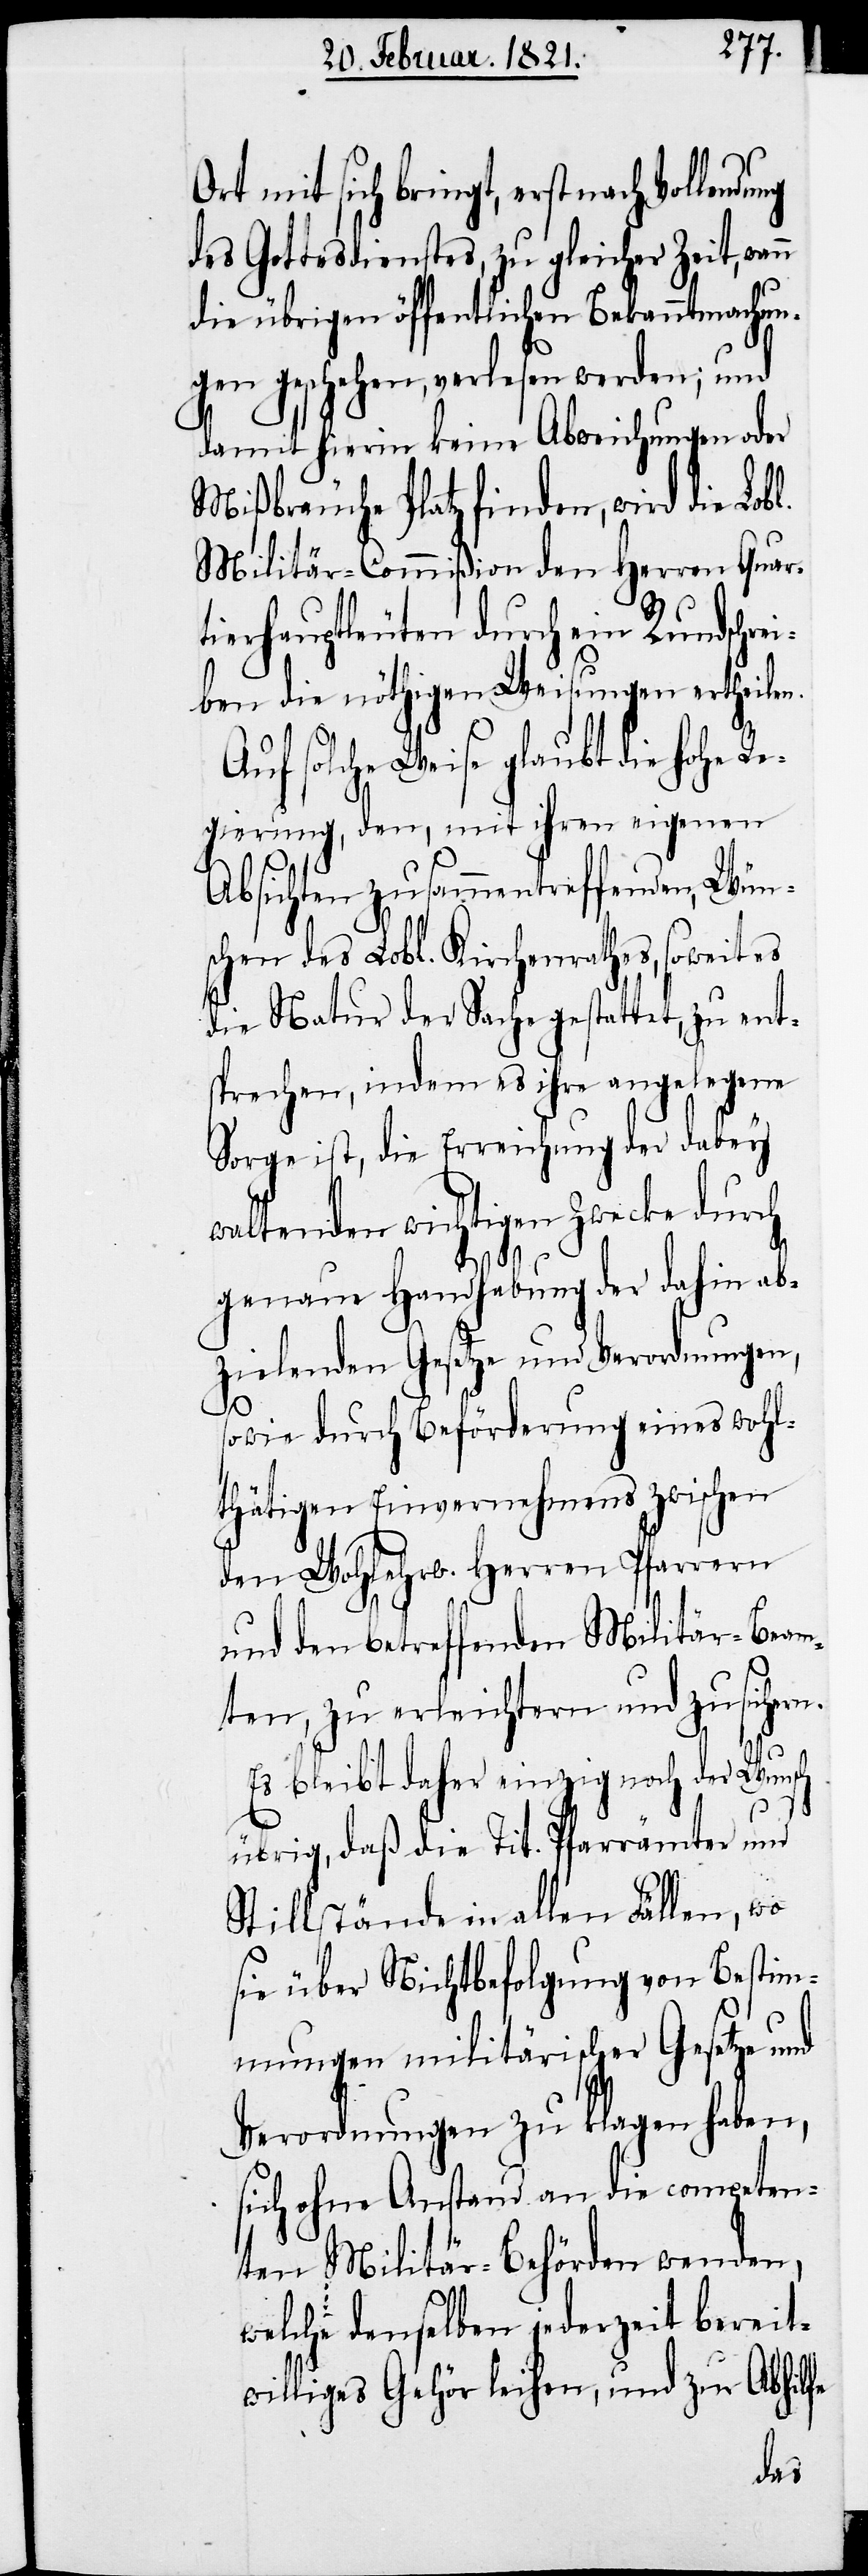
Ort mit sich bringt, erst nach
des Gottesdienstes, zu gleicher Zeit, wen¬
die übrigen öffentlichen Bekanntmachun¬
gen geschehen, verlesen werden; und
damit hierin keine Abweichungen oder
Mißbräuche Platz finden, wird die Lob¬
Militär-Commißion den Herren Quar¬
tierhauptleuten durch ein Rundschre¬
iben die nöthigen Weisungen ertheilen.
Auf solche Weise glaubt die hohe
Regierung, den, mit ihren eigenen
Absichten zusammentreffenden, Wüns¬
chen des Lobl. Kirchenrathes, soweit es
die Natur der Sache gestattet, zu ent¬
sprechen, indem es ihre angelegene
Sorge ist, die Errichtung der dabey
waltenden wichtigen Zwecke durch
genaue Handhabung der dahin ab¬
zielenden Gesetze und Verordnungen,
l.
sowie durch Beförderung eines wohl¬
thätigen Einvernehmens zwischen
den Wohlehrw. Herren Pfarrern
und den betreffenden Militär-Beam¬
ten, zu erleichtern und zu sichern.
Es bleibt daher einzig noch der Wunsch
übrig, daß die Tit. Pfarrämter und
Stillstände in allen Fällen, wo
sie über Nichtbefolgung von Bestim¬
mungen militärischer Gesetze und
Verordnungen zu klagen haben,
sich ohne Anstand an die competen¬
ten Militär-Behörden wenden,
welche denselben jederzeit bereit¬
williges Gehör leihen, und zur Abhilfe